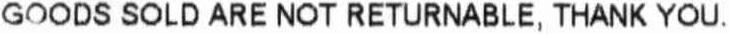
GOODS SOLD ARE NOT RETURNABLE, THANK YOU.